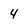
Character: 4